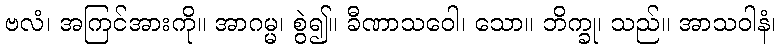
ဗလံ၊ အကြင်အားကို။ အာဂမ္မ၊ စွဲ၍။ ခီဏာသဝေါ၊ သော။ ဘိက္ခု၊ သည်။ အာသဝါနံ၊